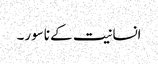
انسانیت کے ناسور۔